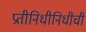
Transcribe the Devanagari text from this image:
प्रतीनिधीनिधींची